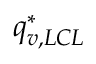
q _ { v , L C L } ^ { * }